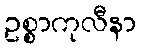
ဥစ္စာကုလီနာ